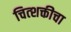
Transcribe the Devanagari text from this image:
चित्शक्तीचा